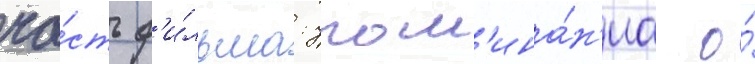
ча́сть ф'и́льма: упом'ина́н'иа о́